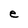
Character: e